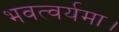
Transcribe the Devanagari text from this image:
भवत्वर्यमा।